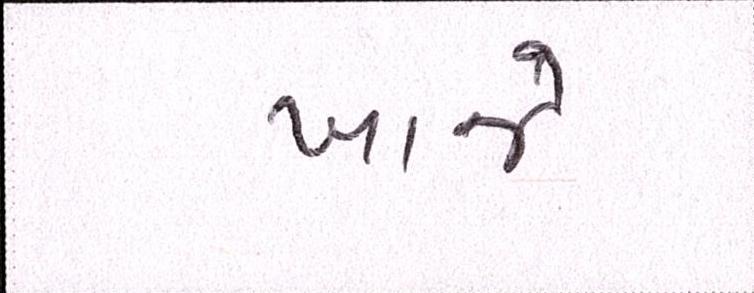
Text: ખાજે